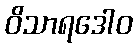
ဝိသာရဒေါဝ